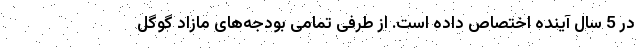
در 5 سال آینده اختصاص داده است. از طرفی تمامی بودجه‌های مازاد گوگل